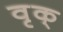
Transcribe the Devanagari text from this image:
वृक्